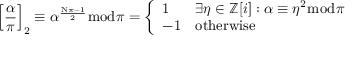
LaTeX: \left[ { \frac { \alpha } { \pi } } \right] _ { 2 } \equiv \alpha ^ { \frac { \mathrm { N } \pi - 1 } { 2 } } { \bmod { \pi } } = { \left\{ \begin{array} { l l } { 1 } & { \exists \eta \in \mathbb { Z } [ i ] : \alpha \equiv \eta ^ { 2 } { \bmod { \pi } } } \\ { - 1 } & { { \mathrm { o t h e r w i s e } } } \end{array} \right. }